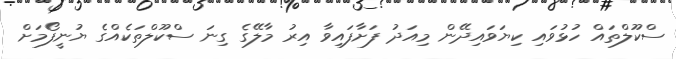
ސްކޫލްތައް ހުޅުވައި ކިޔަވައިދޭން މިއަދު ފަށާފައިވާ އިރު މާލޭގެ ގިނަ ސްކޫލްތަކެއްގެ ޔުނީފޯމަށް